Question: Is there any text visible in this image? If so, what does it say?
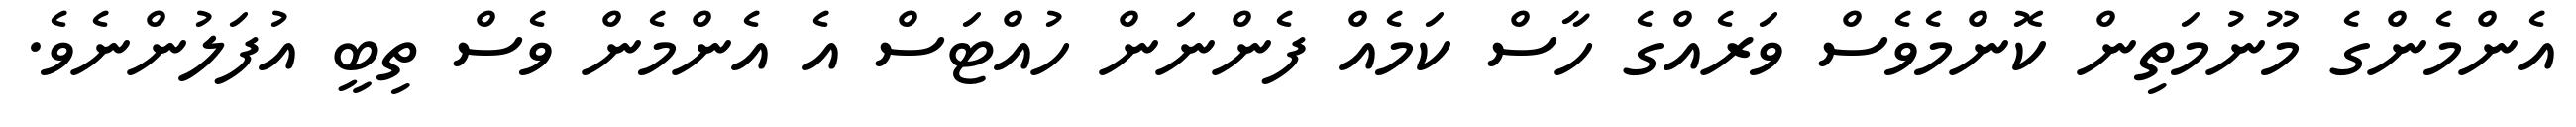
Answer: އެންމެންގެ މޫނުމަތިން ކޮންމެވެސް ވަރެއްގެ ހާސް ކަމެއް ފެންނަން ހުއްޓަސް އެ އެންމެން ވެސް ތިބީ އުފަލުންނެވެ.